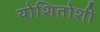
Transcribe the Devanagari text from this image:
योशितोशी